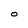
Character: O